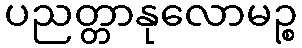
ပညတ္တာနုလောမဉ္စ